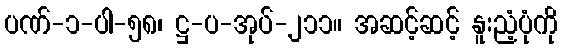
ပဏ်-၁-ပါ-၅၈၊ ဋ္ဌ-ပ-အုပ်-၂၁၁။ အဆင့်ဆင့် နူးညံ့ပုံကို